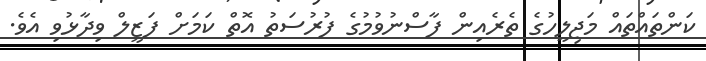
ކަންތައްތައް މަޖިލީހުގެ ތެރެއިން ފާސްނުވުމުގެ ފުރުސަތު އޮތް ކަމަށް ފަޒީލް ވިދާޅުވި އެވެ.